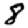
Digit: 8